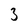
Character: 3